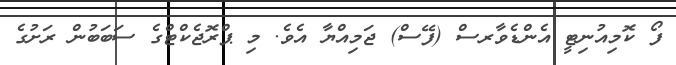
ފޯ ކޮމިއުނިޓީ އެންޑެވާރސް (ފޭސް) ޖަމިއްޔާ އެވެ. މި ޕްރޮޖެކްޓްގެ ސަބަބުން ރަށުގެ